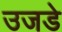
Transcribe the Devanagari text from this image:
उजडे